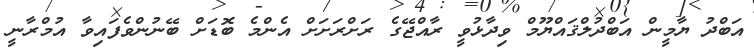
އަބްދު ޔާމީން އަބްދުލްޤައްޔޫމް ވިދާޅުވީ ރާއްޖޭގެ ރަށްރަށަށް އެންމެ ބޮޑަށް ބޭނުންވެފައިވާ އުމްރާނީ